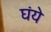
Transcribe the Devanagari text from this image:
घंये